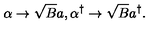
\alpha \rightarrow \sqrt { B } a , \alpha ^ { \dag } \rightarrow \sqrt { B } a ^ { \dag } .